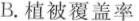
B.植被覆盖率